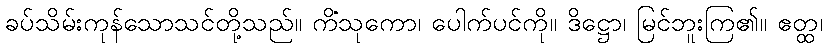
ခပ်သိမ်းကုန်သောသင်တို့သည်။ ကိံသုကော၊ ပေါက်ပင်ကို။ ဒိဋ္ဌော၊ မြင်ဘူးကြ၏။ ဧတ္ထ၊